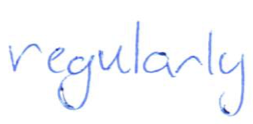
Text: regularly
Cross-out: clean
Writing tool: ballpoint